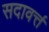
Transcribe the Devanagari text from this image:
सदावर्त्त